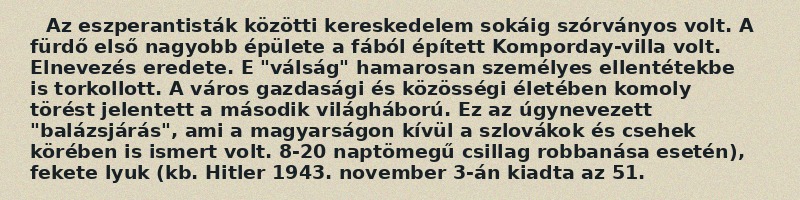
Az eszperantisták közötti kereskedelem sokáig szórványos volt. A fürdő első nagyobb épülete a fából épített Komporday-villa volt. Elnevezés eredete. E "válság" hamarosan személyes ellentétekbe is torkollott. A város gazdasági és közösségi életében komoly törést jelentett a második világháború. Ez az úgynevezett "balázsjárás", ami a magyarságon kívül a szlovákok és csehek körében is ismert volt. 8-20 naptömegű csillag robbanása esetén), fekete lyuk (kb. Hitler 1943. november 3-án kiadta az 51.